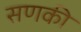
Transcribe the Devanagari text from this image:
सणकी